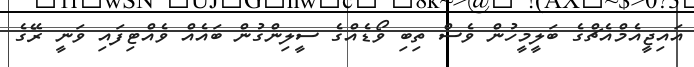
އައިޖީއެމްއެޗްގެ ބަލީމީހުން ވެސް ތިބި ވޯޑެއްގެ ސީލިންގުން ބައެއް ވެއްޓިފައި ވަނީ ރޭގެ